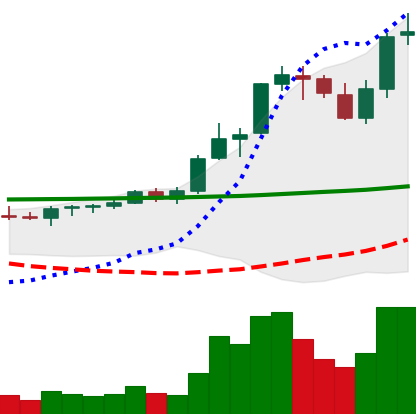
Ticker: ADA-USD
Chart end date: 2021-08-20
Forward return: 11.41%
Label: up_7plus